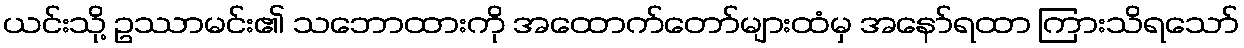
ယင်းသို့ ဥဿာမင်း၏ သဘောထားကို အထောက်တော်များထံမှ အနော်ရထာ ကြားသိရသော်